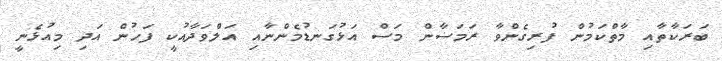
ބަރަކާތާއި މާތްކަމުން ފުރިގެންވާ ރަމަޟާން މަސް އަޅުގަނޑުމެންނާއި އަލްވަދާއުކީ ފަހުން އަދި މިއުޅެނީ